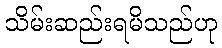
သိမ်းဆည်းရမိသည်ဟု